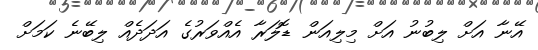
އޭނާ އަށް ލިބުނު އަށް މިލިއަން ޑޮލަރާ އެއްވަރުގެ އަދަދެއް ލިބޭނެ ކަމަށް